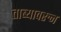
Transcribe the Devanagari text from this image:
ताब्यावरुन